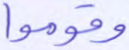
وقوموا